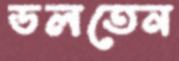
ডলতেন